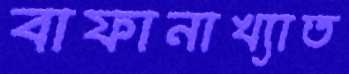
বাফানাখ্যাত